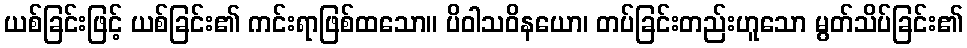
ယစ်ခြင်းဖြင့် ယစ်ခြင်း၏ ကင်းရာဖြစ်ထသော။ ပိဝါသဝိနယော၊ တပ်ခြင်းတည်းဟူသော မွတ်သိပ်ခြင်း၏